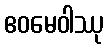
ဧဝမေဝါဿု